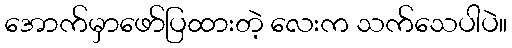
အောက်မှာဖော်ပြထားတဲ့ လေးက သက်သေပါပဲ။